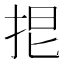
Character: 𢬒